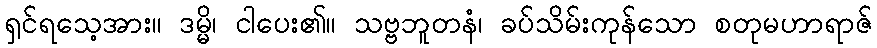
ရှင်ရသေ့အား။ ဒမ္မိ၊ ငါပေး၏။ သဗ္ဗဘူတနံ၊ ခပ်သိမ်းကုန်သော စတုမဟာရာဇ်